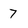
Character: 7